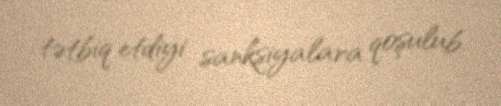
tətbiq etdiyi sanksiyalara qoşulub.